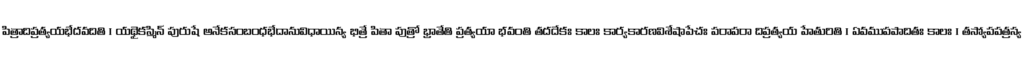
పిత్రాదిప్రత్యయభేదవదితి । యథైకస్మిన్ పురుషే అనేకసంబంధభేదానువిధాయిన్య భిత్రే పితా పుత్రో భ్రాతేతి ప్రత్యయా భవంతి తదదేకః కాలః కార్యకారణవిశేషాపేచః పరాపరా దిప్రత్యయ హేతురితి । ఏవముపపాదితః కాలః । తస్యోపపత్రస్య